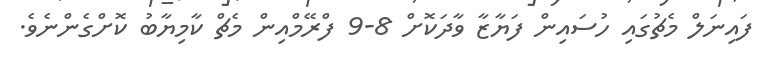
ފައިނަލް މެޗުގައި ހުސައިން ފަޔާޒާ ވާދަކޮށް 8-9 ފްރޭމްއިން މެޗް ކާމިޔާބު ކޮށްގެންނެވެ.